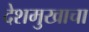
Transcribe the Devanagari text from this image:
देशमुखाचा